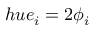
h u e _ { i } = 2 \phi _ { i }